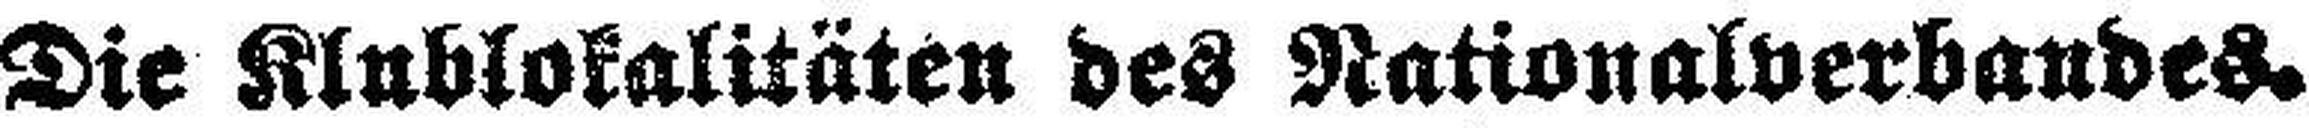
Die Klublokalitäten des Nationalverbandes.